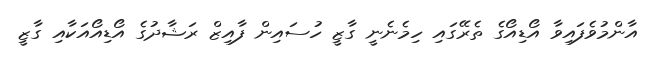
އާންމުވެފައިވާ އޯޑިއޯގެ ތެރޭގައި ހިމެނެނީ ގާޒީ ހުސައިން ފާއިޒް ރަޝާދުގެ އޯޑިއޯއަކާއި ގާޒީ